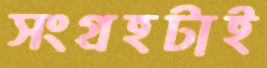
সংগ্রহটাই